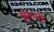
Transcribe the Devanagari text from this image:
श्रुंगारती